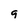
Character: 9